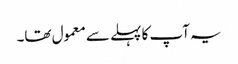
یہ آپ کا پہلے سے معمول تھا۔